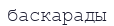
баскарады